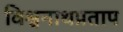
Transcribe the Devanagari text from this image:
विश्वनाथप्रताप